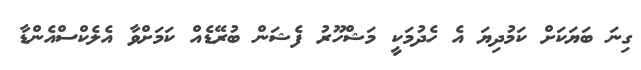
ގިނަ ބަޔަކަށް ކަމުދިޔަ އެ ހެދުމަކީ މަޝްހޫރު ފެޝަން ބުރޭޑެއް ކަމަށްވާ އެލެކްސްއެންޑާ